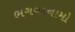
ભગવદનામો